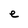
Character: e